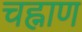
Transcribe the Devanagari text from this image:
चह्नाण